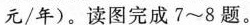
元/年)。读图完成7~8题。